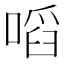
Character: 㗖